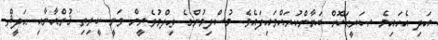
އަދި އެހައިމެ ޞަރީޙަކޮށް ބަޔާންކުރައްވައިފައެވެ. މުސްލިމުންގެ ޢިލްމުވެރީން ވަނީ ކީރިތި ޤުރްއާނާއި ޙަދީޘް